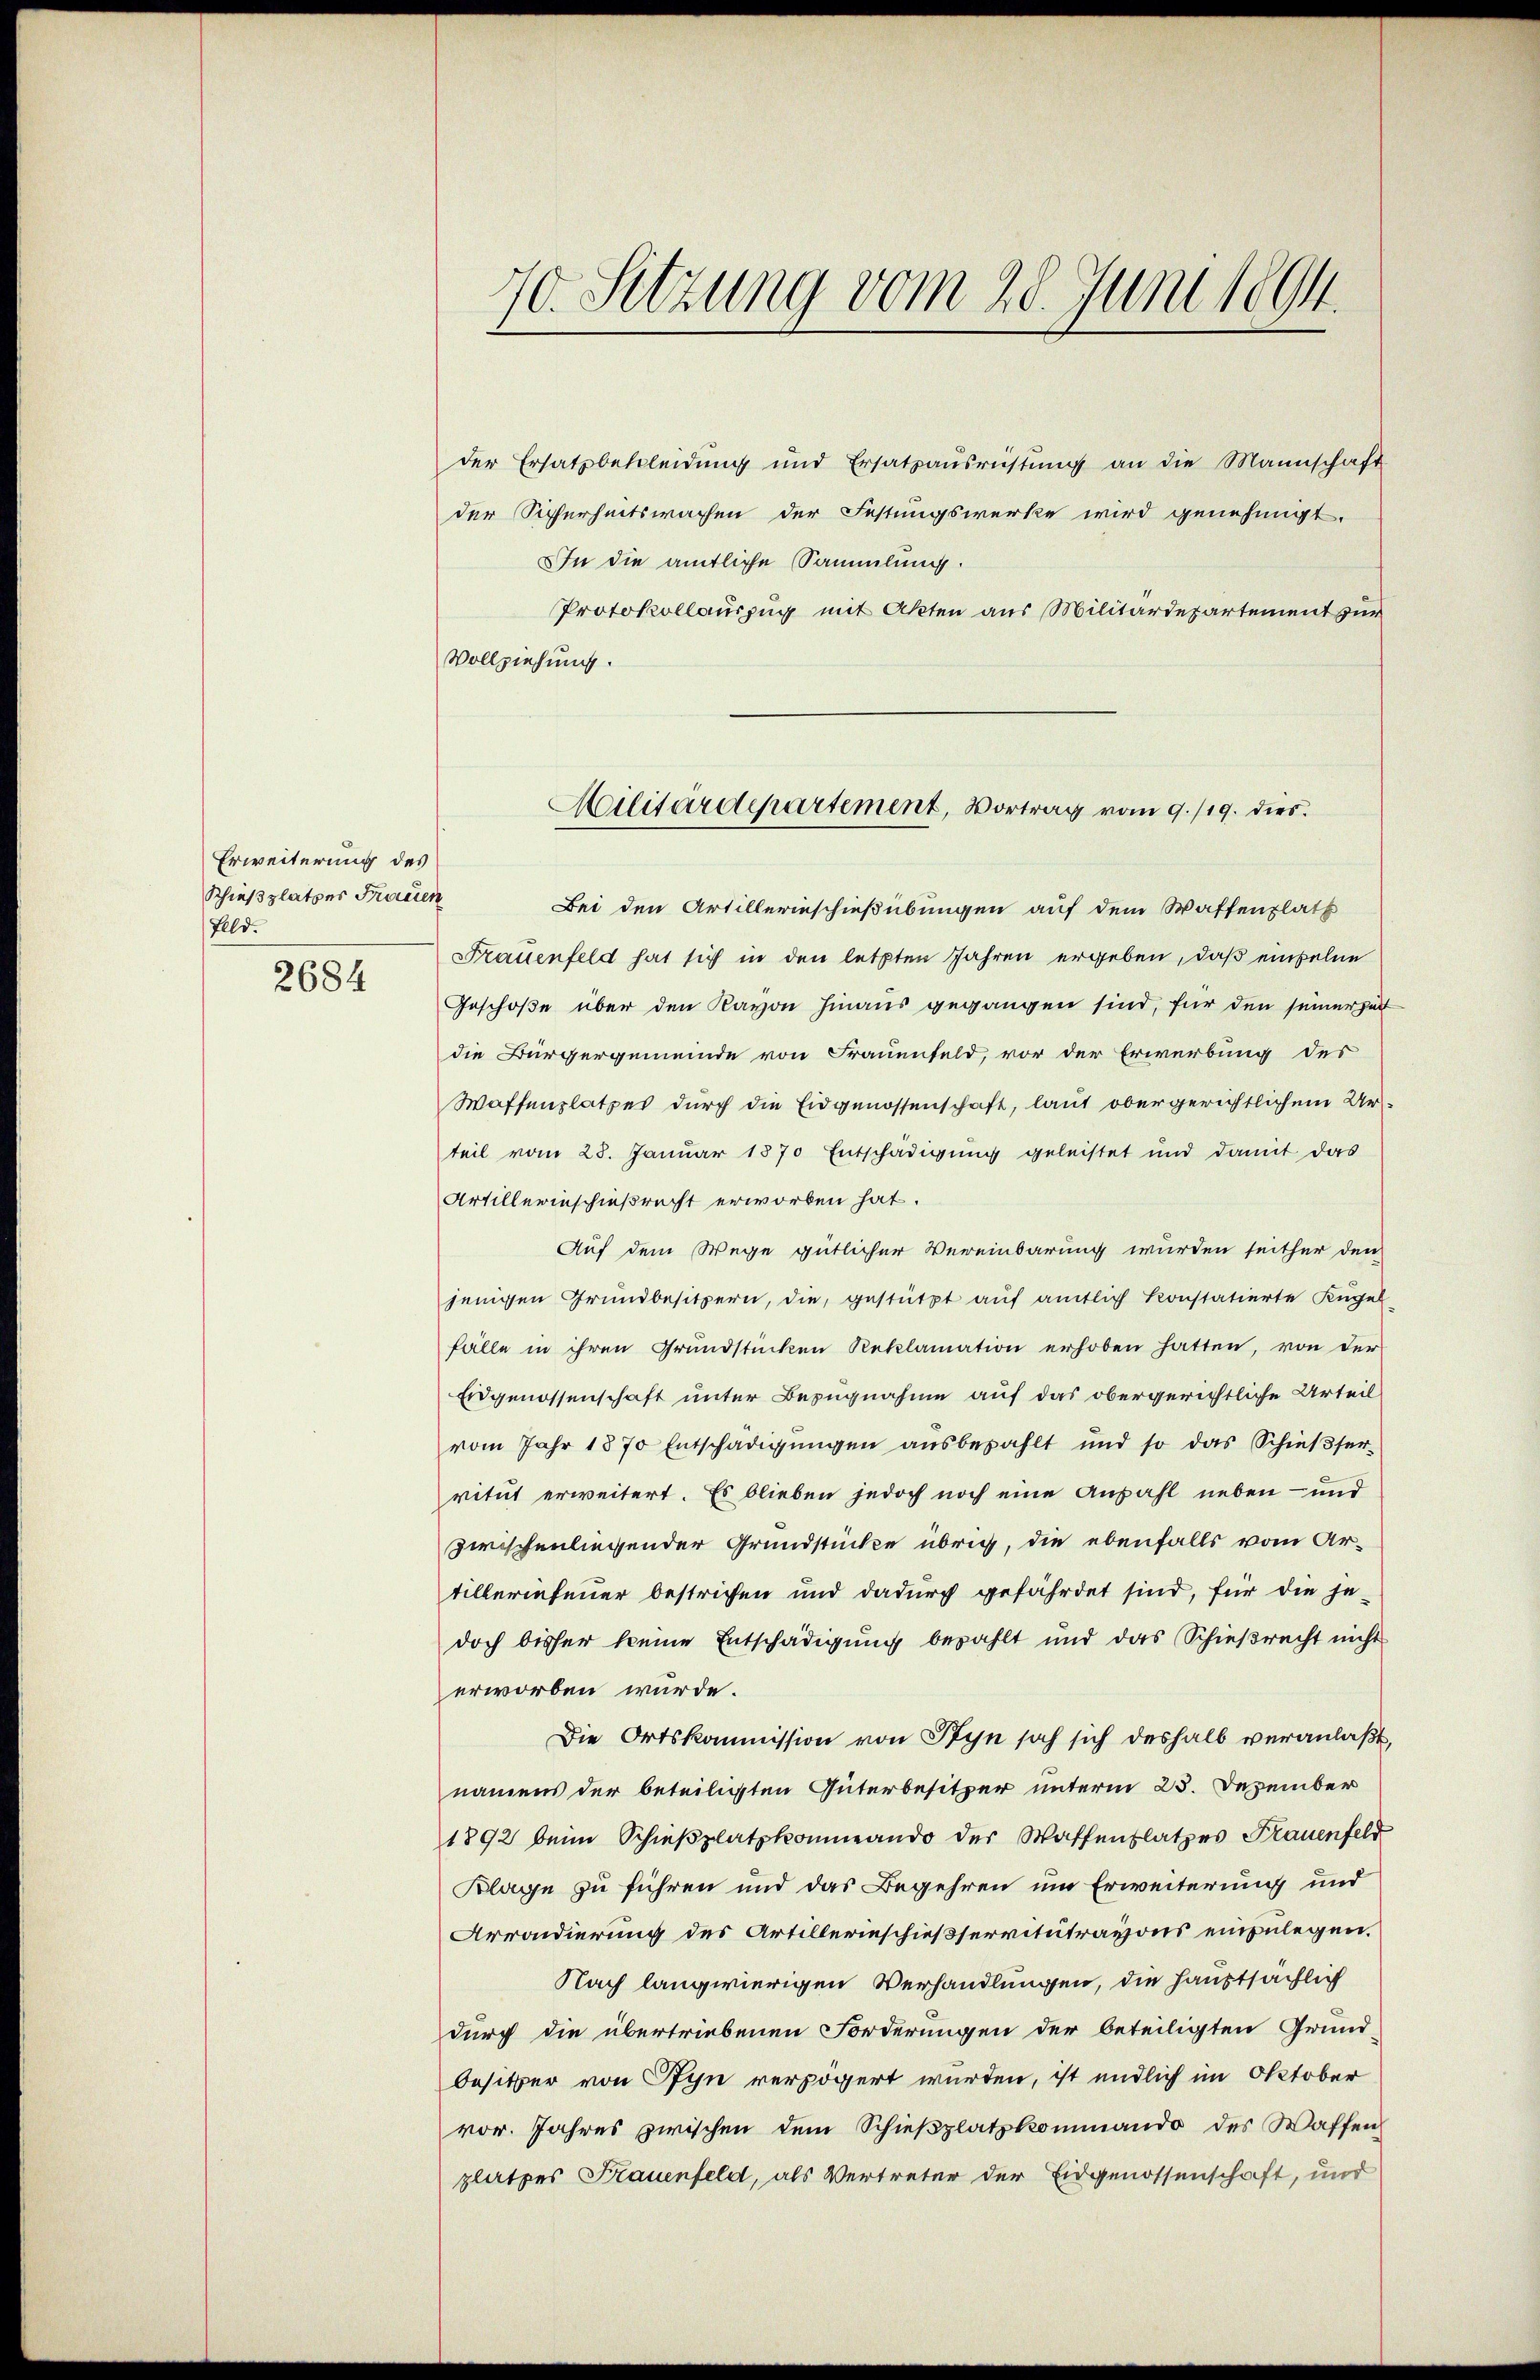
Erweiterung des
Schießplatzer Frauen
Feld.
2684

70. Setzung vom 28. Juni 189

der Ersatzbekleidung und Ersatzaŭsrichtŭng an die Mannschaft
der Sicherheitswachen der Festungswerke wird genehmigt.
In die amtliche Sammlung.
Protokollauszug mit Akten aus Militärdepartement zur
Vollziehung.

Militärdepartement, Vortrag vom 9./19. dies

Bei den Artillerinschießübungen auf dem Waffenplatz
Frauenfeld hat sich in den letzten Jahren ergeben, daß einzelne
Geschoße über den Kavon hinaus gegangen sind, für den seiner hatt
die Bürgergemeinde von Frauenfeld, vor der Erwerbung des
Waffenplatzes durch die Eidgenossenschaft, laut obergerichtlichem Urteil vom 28. Januar 1870 Entschädigung geleistet und damit das
Artillerinschießrecht erworben hat.
Auf dem Wege gütlicher Vereinbarung wurden seither den
jenigen Grundbesitzern, die, gestützt aŭf amtlich konstatierte Kugel
fälle in ihren Grŭndstücken Reklamation erhoben hatten, von der
Eidgenossenschaft unter Bezugnahme auf das obergerichtliche Urteil
vom Jahr 1870 Entschädigŭngen aŭsbezahlt und so das Schieβser-
vitut erweitert. Es blieben jedoch noch eine Anzahl neben- und
zwischenliegender Grundstücke übrig, die ebenfalls vom Artillerinfeuer bestrichen und dadurch gefährdet sind, für die je-
doch bisher keine Entschädigung bezahlt und das Schießrecht nicht
erworben würde.
Die Ortskommission von Styn soch sich deshalb veranlaßt,
namens der beteiligten Güterbesitzer unterm 23. Dezember
1892 beim Schieβplatzkommando der Waffenplatzes Frauenfeld
Klage zu führen und das Begehren um Erweiterung und
Arrondierung des Artillerieschießservitutravons einzulegen.
Nach langwierigen Verhandlungen, die Haustsächlich
durch die übertriebenen Forderungen der beteiligten Grund-
besitzer von Pfyn verzögert wurden, ist endlich im Oktober
vor. Jahres zwischen dem Schieβplatzkommando des Waffen
platzes Frauenfeld, als Vertreter der Eidgenossenschaft, und